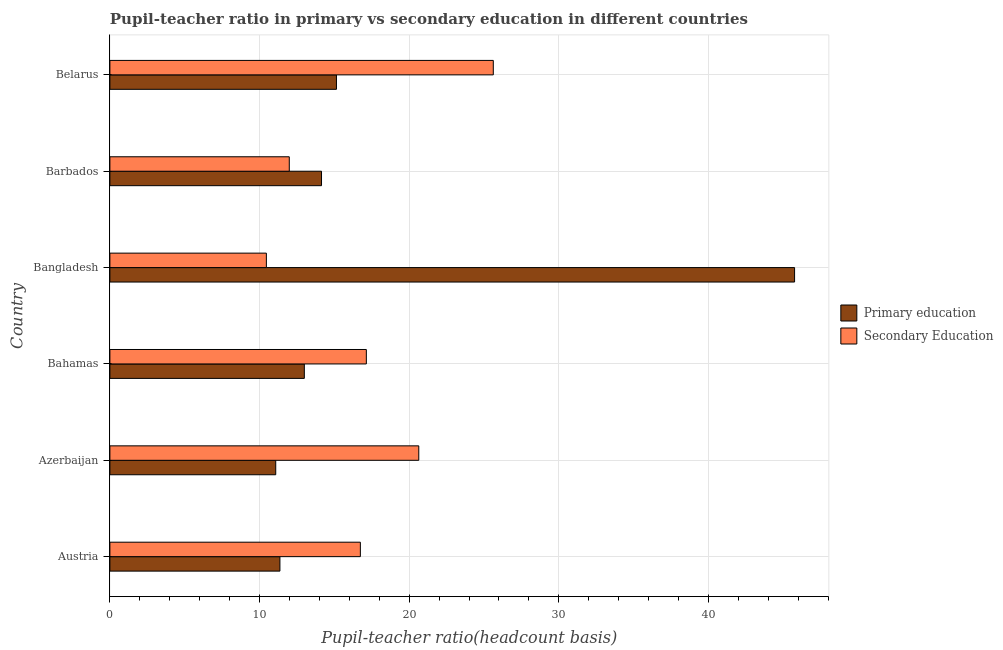
| Country | Primary education | Secondary Education |
 | --- | --- | --- |
 | Austria | 11.4 | 16.7 |
 | Azerbaijan | 11.1 | 20.6 |
 | Bahamas | 13 | 17.1 |
 | Bangladesh | 45.8 | 10.5 |
 | Barbados | 14.1 | 12 |
 | Belarus | 15.1 | 25.6 |